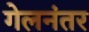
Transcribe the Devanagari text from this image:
गेलनंतर